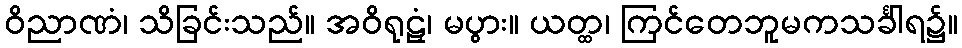
ဝိညာဏံ၊ သိခြင်းသည်။ အဝိရုဠှံ၊ မပွား။ ယတ္ထ၊ ကြင်တေဘူမကသင်္ခါရ၌။